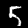
Digit: 5